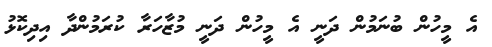
އެ މީހުން ބުނަމުން ދަނީ އެ މީހުން ދަނީ މުޒާހަރާ ކުރަމުންދާ އިދިކޮޅު